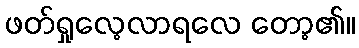
ဖတ်ရှုလေ့လာရလေ တော့၏။